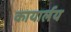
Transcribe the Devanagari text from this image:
कायार्लय